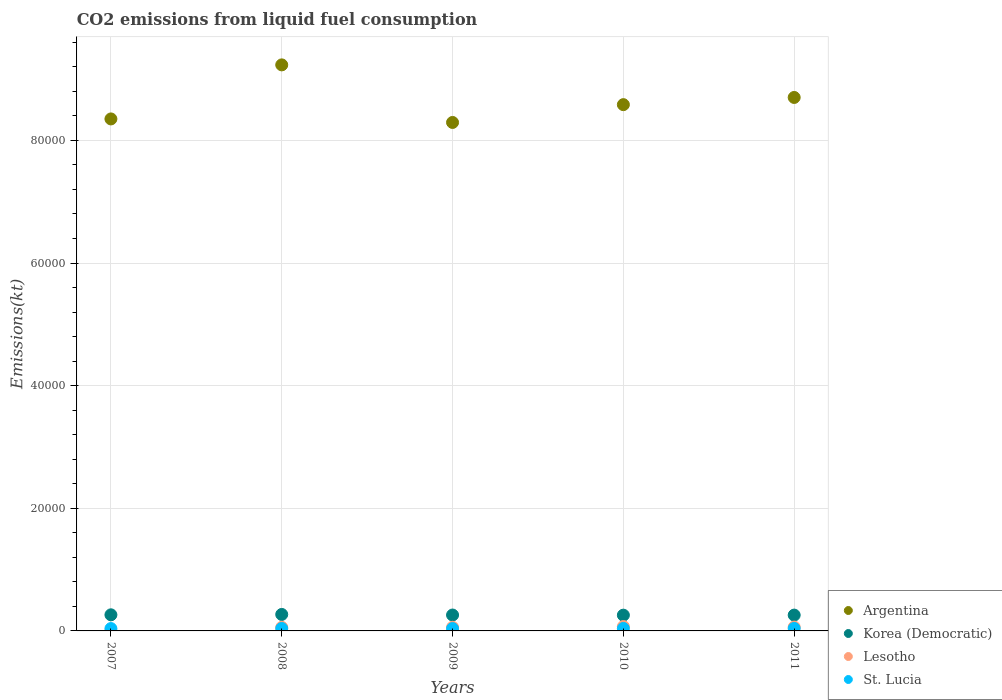
| Years | Argentina | Korea (Democratic) | Lesotho | St. Lucia |
 | --- | --- | --- | --- | --- |
 | 2007 | 8.35e+04 | 2.63e+03 | 7.33 | 385 |
 | 2008 | 9.23e+04 | 2.69e+03 | 587 | 396 |
 | 2009 | 8.29e+04 | 2.59e+03 | 594 | 385 |
 | 2010 | 8.58e+04 | 2.57e+03 | 715 | 403 |
 | 2011 | 8.7e+04 | 2.58e+03 | 631 | 407 |